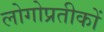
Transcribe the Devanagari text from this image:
लोगोप्रतीकों